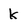
Character: k